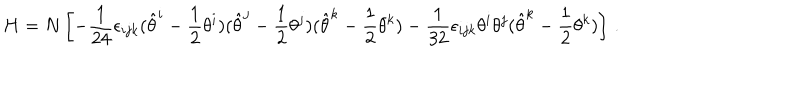
LaTeX: H = N \left[ - \frac { 1 } { 2 4 } \epsilon _ { i j k } ( \hat { \theta } ^ { i } - \frac { 1 } { 2 } \theta ^ { i } ) ( \hat { \theta } ^ { j } - \frac { 1 } { 2 } \theta ^ { j } ) ( \hat { \theta } ^ { k } - \frac { 1 } { 2 } \theta ^ { k } ) - \frac { 1 } { 3 2 } \epsilon _ { i j k } \theta ^ { i } \theta ^ { j } ( \hat { \theta } ^ { k } - \frac { 1 } { 2 } \theta ^ { k } ) \right] \, .